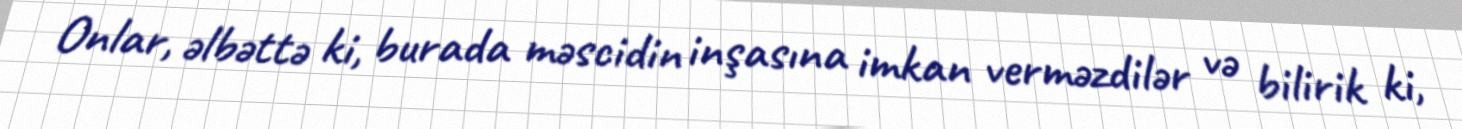
Onlar, əlbəttə ki, burada məscidin inşasına imkan verməzdilər və bilirik ki,